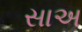
સાઅ